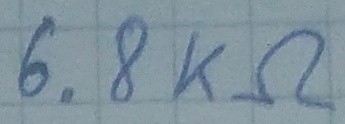
Text: 6.8KΩ